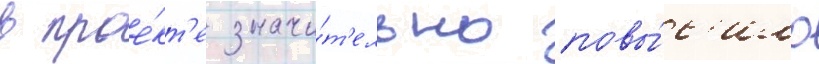
в прое́кт'е значи́т'ельно повы́с'ило